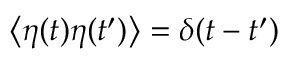
\left\langle { \eta ( t ) \eta ( t ^ { \prime } ) } \right\rangle = \delta ( t - t ^ { \prime } )